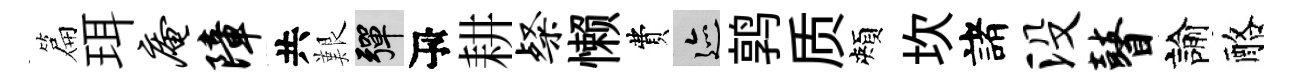
篇珥庵障共艱彈瓴耕粲懒費迹鹑质頰坎諸没瞽諭酪